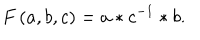
LaTeX: F \left( a , b , c \right) = a * c ^ { - 1 } * b .